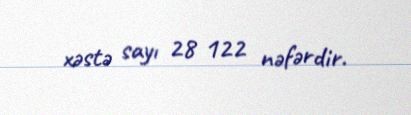
xəstə sayı 28 122 nəfərdir.